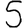
Digit: 5